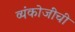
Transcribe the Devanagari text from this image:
व्यंकोजींची